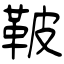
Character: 鞁